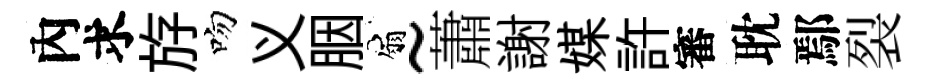
內求斿吻义胭扇~蕭謝媒許審耽鄢裂